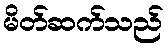
မိတ်ဆက်သည်